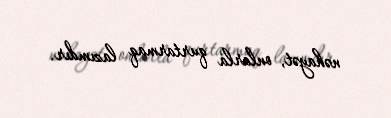
nəhayət, onlarla qurtarmaq lazımdır.